Report on the working of the mental hospitals for Indians in Bihar and Orissa - 1925-1929
Year: 1925
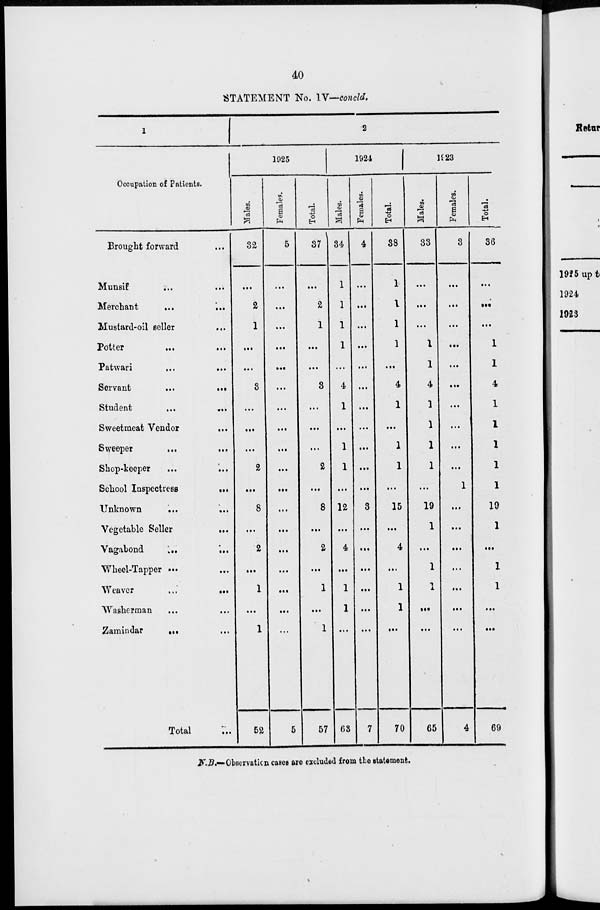
40
STATEMENT No. IV—concld.
1
Occupation of Patients.
Brought forward ...
Munsif ... ...
Merchant
...
...
Mustard-oil seller ...
Potter ... ...
Patwari ... ...
Servant
...
...
Student ... ...
Sweetmeat Vendor ...
Sweeper ... ...
Shop-keeper ... ...
School Inspectress
...
Unknown
... ...
Vegetable Seller ...
Vagabond ... ...
Wheel-Tapper ... ...
Weaver
...
...
Washerman ... ...
Zamindar ... ...
Total ...
2
1925
Males.
32
...
2
1
...
...
3
...
...
...
2
...
8
...
2
...
1
...
1
52
Females.
5
...
...
...
...
...
...
...
...
...
...
...
...
...
...
...
...
...
...
5
Total.
37
...
2
1
...
...
3
...
...
...
2
...
8
...
2
...
1
...
1
57
1924
Males.
34
1
1
1
1
...
4
1
...
1
1
...
12
...
4
...
1
1
...
63
Females.
4
...
...
...
...
...
...
...
...
...
...
...
3
...
...
...
...
...
...
7
Total.
38
1
1
1
1
...
4
1
...
1
1
...
15
...
4
...
1
1
...
70
1923
Males.
33
...
...
...
1
1
4
1
1
1
1
...
19
1
...
1
1
...
...
65
Females.
3
...
...
...
...
...
...
...
...
...
...
1
...
...
...
...
...
...
...
4
Total.
36
...
...
...
1
1
4
1
1
1
1
1
19
1
...
1
1
...
...
69
N.B.—Observation cases are excluded from the statement.